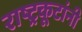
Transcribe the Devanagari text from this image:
राष्ट्रकूटांनी